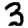
Digit: 3